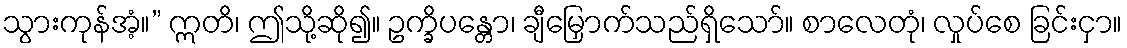
သွားကုန်အံ့။” ဣတိ၊ ဤသို့ဆို၍။ ဥက္ခိပန္တော၊ ချီမြှောက်သည်ရှိသော်။ စာလေတုံ၊ လှုပ်စေ ခြင်းငှာ။